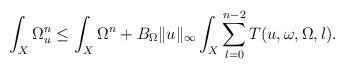
LaTeX: \begin{align*}\int_X \Omega_u^n\leq\int_X \Omega^n + B_\Omega\|u\|_\infty \int_X \sum_{l=0}^{n-2} T(u,\omega,\Omega,l).\end{align*}